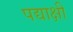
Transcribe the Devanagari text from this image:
पद्याक्षी